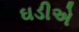
ઘડીએ